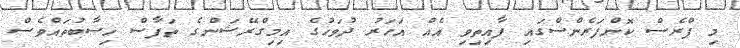
މި ޕްރެސް ކޮންފަރެންސްގައި ފާއިތިވި އެއް އަހަރު ދުވަހުގެ އިމިގްރޭޝަންގެ ތަފާސް ހިސާބުތައްވެސް